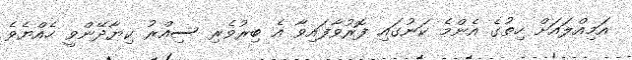
އަމިއްލައަށް ހިތުގެ އެންމެ ކަނުގައި ފޮރުވާފައިވާ އެ ބިރުވެރި ސިއްރު ކިޔާދޭންވީ ހެއްޔެވެ